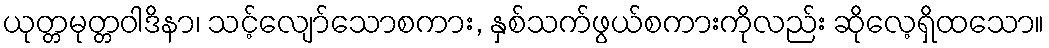
ယုတ္တမုတ္တဝါဒိနာ၊ သင့်လျော်သောစကား, နှစ်သက်ဖွယ်စကားကိုလည်း ဆိုလေ့ရှိထသော။